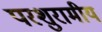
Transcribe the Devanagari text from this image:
परशुरामीय